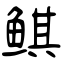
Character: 鲯